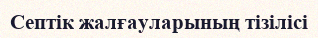
Септік жалғауларының тізілісі